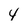
Character: 4